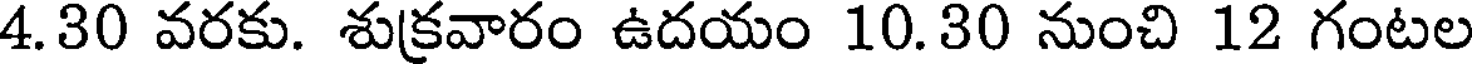
4.30 వరకు. శుక్రవారం ఉదయం 10.30 నుంచి 12 గంటల